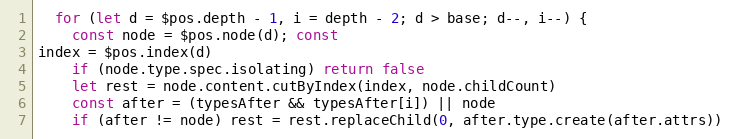
Language: JavaScript
  for (let d = $pos.depth - 1, i = depth - 2; d > base; d--, i--) {
    const node = $pos.node(d); const
index = $pos.index(d)
    if (node.type.spec.isolating) return false
    let rest = node.content.cutByIndex(index, node.childCount)
    const after = (typesAfter && typesAfter[i]) || node
    if (after != node) rest = rest.replaceChild(0, after.type.create(after.attrs))